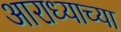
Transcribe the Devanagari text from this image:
आराध्याच्या